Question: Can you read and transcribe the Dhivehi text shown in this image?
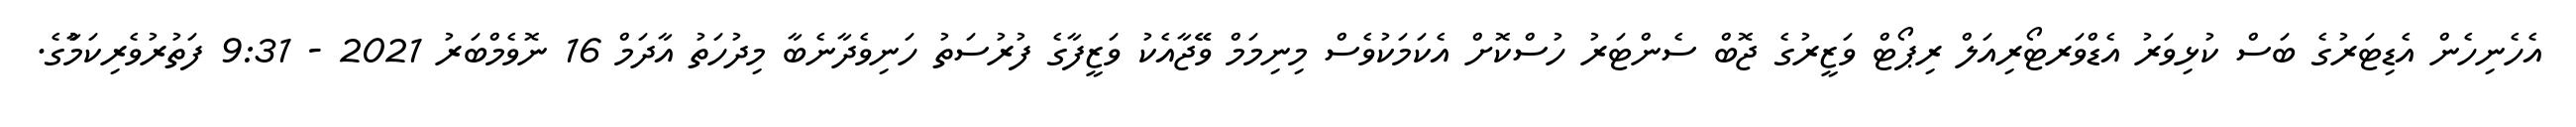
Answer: އެހެނިހެން އެޑިޓަރުގެ ބަސް ކުޅިވަރު އެޑްވަރޓޯރިއަލް ރިޕޯޓް ވަޒީރުގެ ޖޮބް ސެންޓަރު ހުސްކޮށް އެކަމަކުވެސް މިނިމަމް ވޭޭޖާއެކު ވަޒީފާގެ ފުރުސަތު ހަނިވެދާނެބާ މިދުހަތު އާދަމް 16 ނޮވެމްބަރު 2021 - 9:31 ފަތުރުވެރިކަމާުގެ.